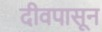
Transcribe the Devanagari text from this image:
दीवपासून